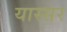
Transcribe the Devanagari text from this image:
यास्सर